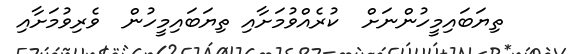
ތިޔަބައިމީހުންނަށް  ކުރެއްވުމަށާއި ތިޔަބައިމީހުން  ވެރިވުމަށާއި